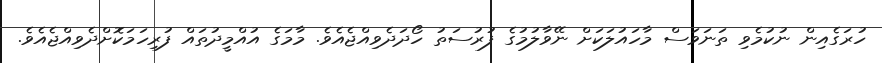
ހުރަގެއިން ނުކުމެވި ތަނަވަސް މާހައުލަކަށް ނޭވާލުމުގެ ފުރުސަތު ހޯދަދެވިއްޖެއެވެ. މާމަގެ އުއްމީދުތައް ފުރިހަމަކޮށްދެވިއްޖެއެވެ.